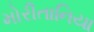
મોરીતાનિયા